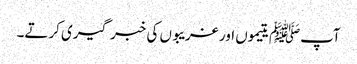
آپﷺ یتیموں اور غریبوں کی خبر گیری کرتے۔